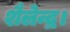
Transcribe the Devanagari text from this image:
शैलेन्द्र।